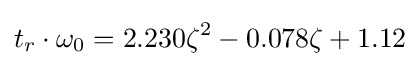
t_{r}\cdot \omega _{0}=2.230\zeta ^{2}-0.078\zeta +1.12